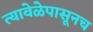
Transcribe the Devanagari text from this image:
त्यावेळेपासूनच